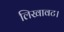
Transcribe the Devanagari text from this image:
लिखावट।